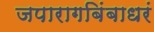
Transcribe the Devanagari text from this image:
जपारागबिंबाधरं